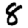
Digit: 8